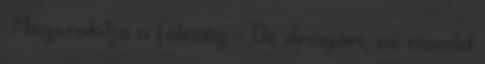
. Megszakítja a feleség: - De drágám, ne mondd